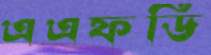
এএফডি